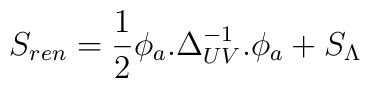
S_{ren}=\frac{1}{2}\phi_{a}.\Delta^{-1}_{UV}.\phi_{a}+S_{\Lambda}